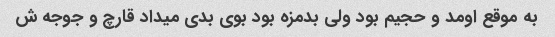
به موقع اومد و حجیم بود ولی بدمزه بود بوی بدی میداد قارچ و جوجه ش